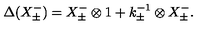
\Delta ( X _ { \pm } ^ { - } ) = X _ { \pm } ^ { - } \otimes 1 + k _ { \pm } ^ { - 1 } \otimes X _ { \pm } ^ { - } .